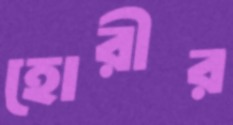
হোরীর